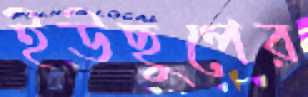
ইউছুপের